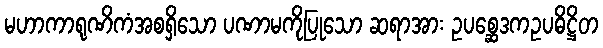
မဟာကာရုဏိကံအစရှိသော ပဏာမကိုပြုသော ဆရာအား ဥပစ္ဆေဒကဥပဓိဋ္ဌိတ